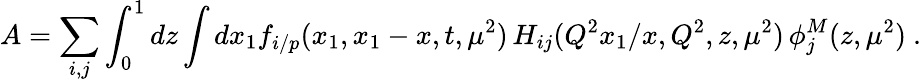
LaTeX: A=\sum_{i,j}\int_{0}^{1}dz\int dx_{1}f_{i/p}(x_{1},x_{1}-x,t,\mu^{2})\, H_{ij}(Q^{2}x_{1}/x,Q^{2},z,\mu^{2})\, \phi_{j}^{M}(z,\mu^{2})\ .